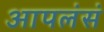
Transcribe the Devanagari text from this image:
आपलंसं